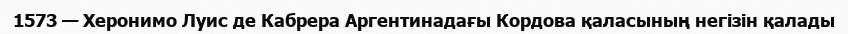
1573 — Херонимо Луис де Кабрера Аргентинадағы Кордова қаласының негізін қалады